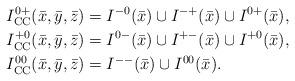
LaTeX: \begin{align*}I^{0+}_\textup{CC}(\bar x,\bar y,\bar z)&=I^{-0}(\bar x)\cup I^{-+}(\bar x)\cup I^{0+}(\bar x),\\I^{+0}_\textup{CC}(\bar x,\bar y,\bar z)&=I^{0-}(\bar x)\cup I^{+-}(\bar x)\cup I^{+0}(\bar x),\\I^{00}_\textup{CC}(\bar x,\bar y,\bar z)&=I^{--}(\bar x)\cup I^{00}(\bar x).\end{align*}